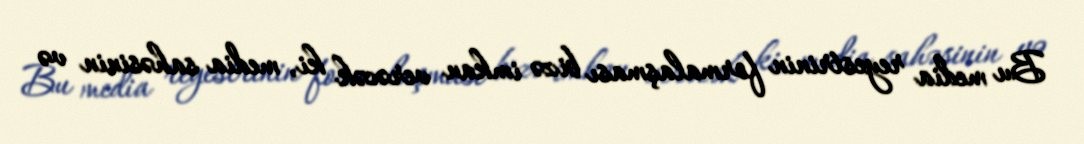
Bu media reyestrinin formalaşması bizə imkan verəcək ki, media sahəsinin və